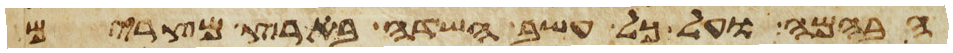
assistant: הבהמה ועל כל עשב השדה בארץ מצרים